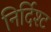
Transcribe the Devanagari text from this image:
निर्दिश्ट